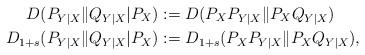
LaTeX: \begin{align*}D(P_{Y|X}\|Q_{Y|X}|P_{X}) & :=D(P_{X}P_{Y|X}\|P_{X}Q_{Y|X})\\*D_{1+s}(P_{Y|X}\|Q_{Y|X}|P_{X}) & :=D_{1+s}(P_{X}P_{Y|X}\|P_{X}Q_{Y|X}),\end{align*}